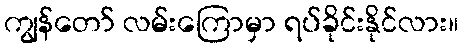
ကျွန်တော် လမ်းကြောမှာ ရပ်ခိုင်းနိုင်လား။